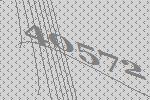
40572